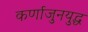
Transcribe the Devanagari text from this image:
कर्णाजुनयुद्ध